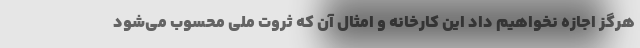
هرگز اجازه نخواهیم داد این کارخانه و امثال آن که ثروت ملی محسوب می‌شود